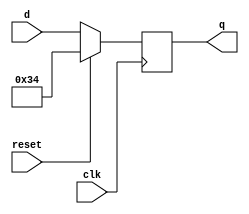
module top_module (
    input clk,
    input reset,
    input [7:0] d,
    output reg [7:0] q
);

always @(negedge clk)
    if (reset) q <= 8'h34;
    else q <= d;

endmodule